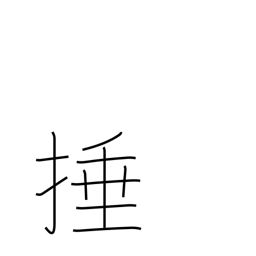
Meaning: strike